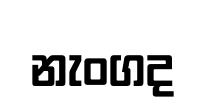
නැංගද